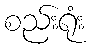
စည်းရုံး